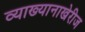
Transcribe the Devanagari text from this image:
व्याख्यानाखेरीज